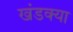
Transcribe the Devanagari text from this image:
खंडक्या